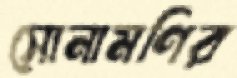
সোনামণির